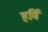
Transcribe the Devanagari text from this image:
हर्वि